Medical and sanitary report of the native army of Madras for the year
Year: 1876
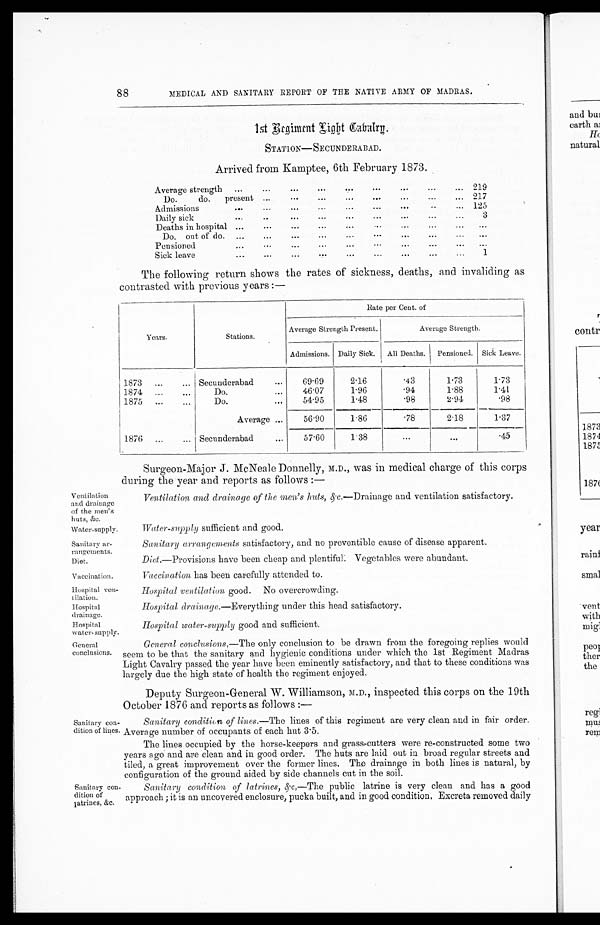
Ventilation
and drainage
of the men's
huts, &c.
Water-supply.
Sanitary ar-
rangements.
Diet.
Vaccination.
Hospital ven-
tilation.
Hospital
drainage.
Hospital
water-supply.
88
MEDICAL AND SANITARY REPORT OF THE NATIVE ARMY OF MADRAS.
1st Regiment Light Cavalry.
STATION—SECUNDERABAD.
Arrived from Kamptee, 6th February 1873.
Average strength
...
...
...
...
...
...
...
... 219
Do.
do.
present ...
......
...
...
...
...
217
Admissions
...
...
...
....
...
...
...
..
... 125
Daily sick
...
..
...
...
...
...
...
..
...
3
Deaths in hospital ...
...
...
...
...
...
...
...
...
...
Do. out of do.
...
...
...
...
...
...
...
...
...
...
Pensioned... ...
...
...
...
...
...
. . .
...
...
Sick leave
...
...
...
...
...
...
. . .
...
1
The following return shows the rates of sickness, deaths, and invaliding as
contrasted with previous years :—
Years.
Stations.
Rate per Cent. of
Average Strength Present.
Average Strength.
Admissions. Daily Sick.
All Deaths.
Pensioned.
Sick Leave.
1873 ...
... Secunderabad
. . .
69.69
2.16
. 4 3 1.73
1.73
1874
...
...
Do.
...
46.07
1.96
. 9 4 1.88
1 . 4 1
1875
...
Do.
. . .
54.95
1.48
. 9 8 2.94
.98
Average ...
56.90
1.86
. 7 8 2.18
1.37
1876
...
... Secunderabad
...
57.60
1.38
. . .
. . .
.45
Surgeon-Major J. McNeale Donnelly, M.D., was in medical charge of this corps
during the year and reports as follows :—
Ventilation and drainage of the men's huts, & c.— Drainage and ventilation satisfactory.
Water-supply sufficient and good.
Sanitary arrangements satisfactory, and no preventible cause of disease apparent.
Diet.—Provisions have been cheap and plentiful: Vegetables were abundant.
Vaccination has been carefully attended to.
Hospital ventilation good. No overcrowding.
Hospital drainage.—Everything under this head satisfactory.
Hospital water-supply good and sufficient.
General
conclusions.
General conclusions. —The only conclusion to be drawn from the foregoing replies would
seem to be that the sanitary and hygienic conditions under which the 1st Regiment Madras
Light Cavalry passed the year have been eminently satisfactory, and that to these conditions was
largely due the high state of health the regiment enjoyed.
Deputy Surgeon-General W. Williamson, M.D., inspected this corps on the 19th
October 1876 and reports as follows :—
Sanitary con-
dition of lines.
Sanitary con-
dition of
latrines, &c.
Sanitary condition of lines. —The lines of this regiment are very clean and in fair order.
Average number of occupants of each hut 3.5.
The lines occupied by the horse-keepers and grass-cutters were re-constructed some two
years ago and are clean and in good order. The huts are laid out in broad regular streets and
tiled, a great improvement over the former lines. The drainage in both lines is natural, by
configuration of the ground aided by side channels cut in the soil.
Sanitary condition of latrines, &c.— The public latrine is very clean and has a good
approach ; it is an uncovered enclosure, pucka built, and in good condition, Excreta removed daily